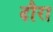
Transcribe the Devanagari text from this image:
दौरा